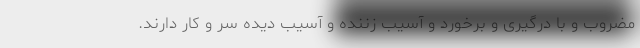
مضروب و با درگیری و برخورد و آسیب زننده و آسیب دیده سر و کار دارند.